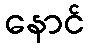
နောင်